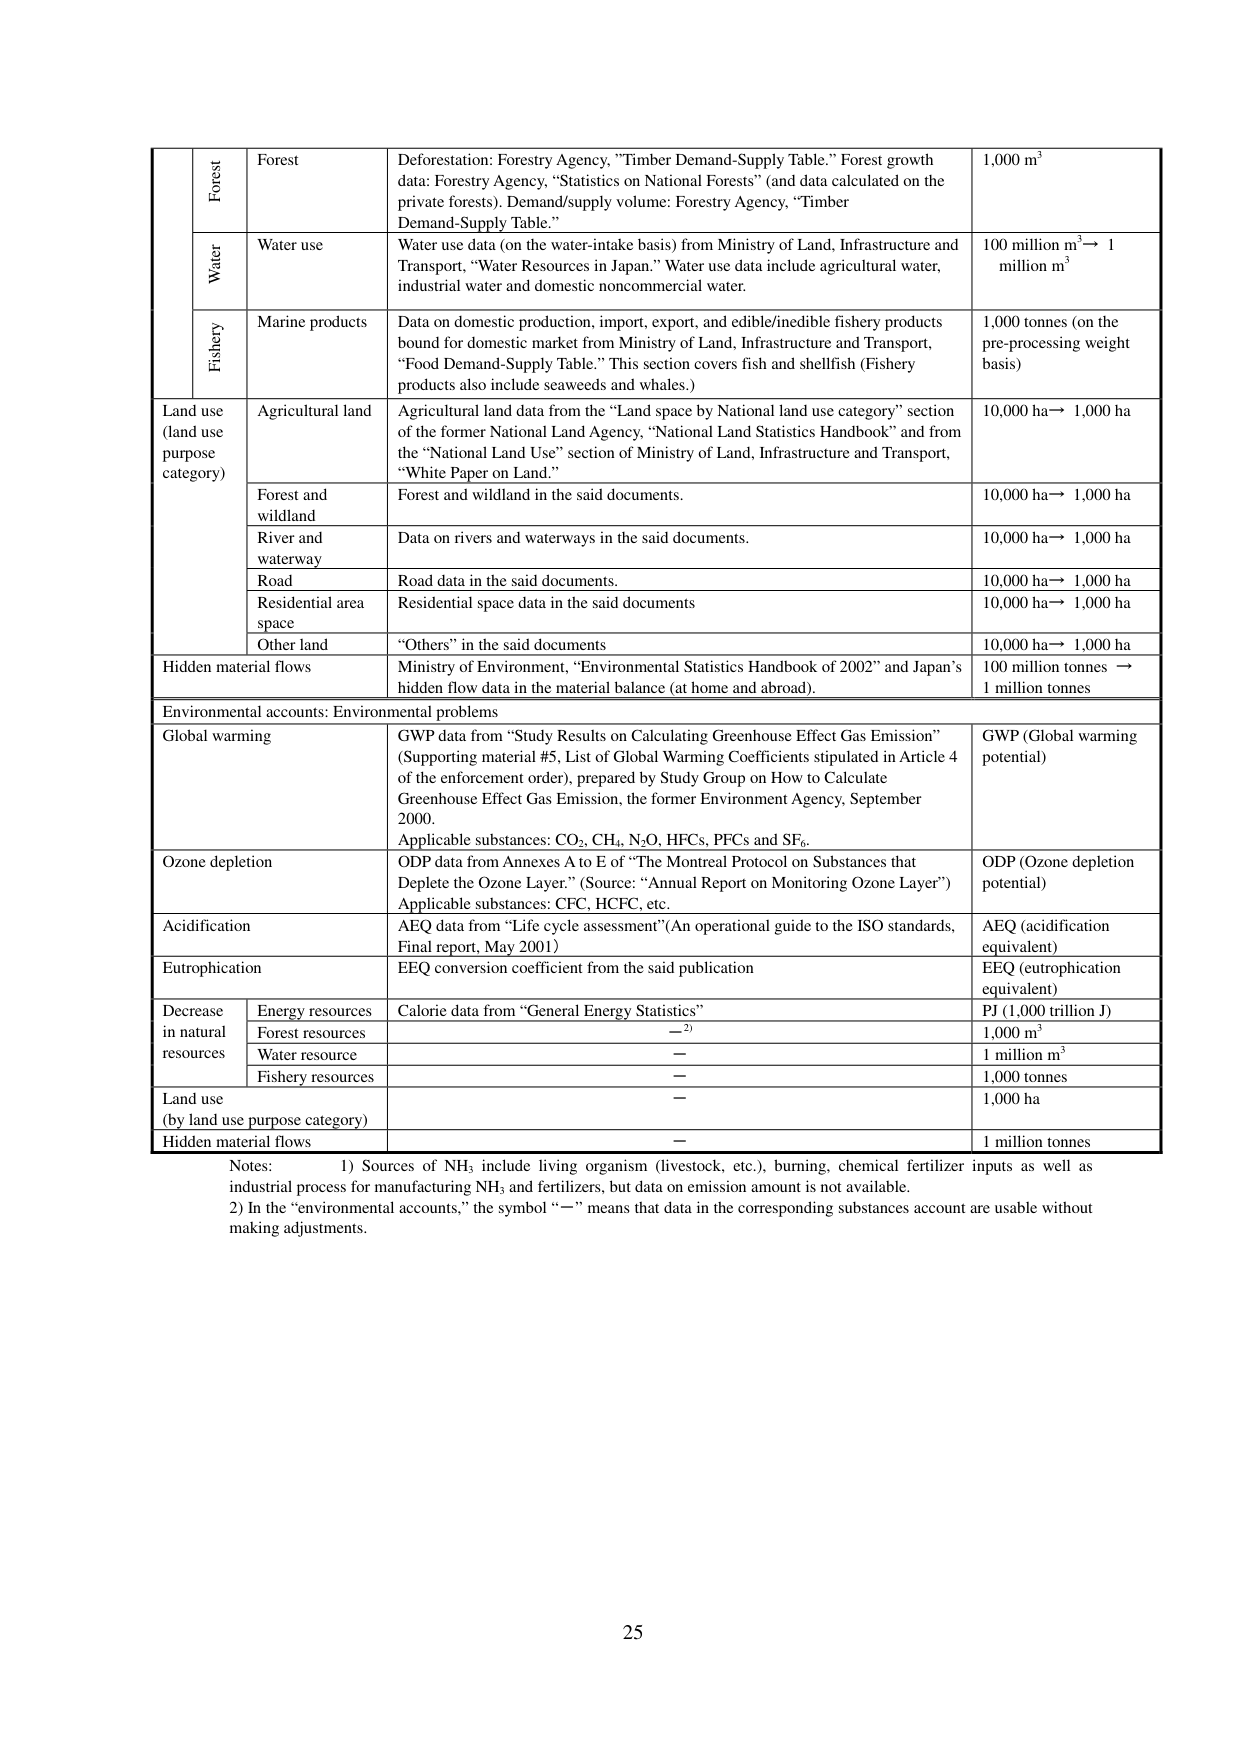
Forest
Deforestation: Forestry Agency, "Timber Demand-Supply Table." Forest growth data: Forestry Agency, "Statistics on National Forests" (and data calculated on the private forests). Demand/supply volume: Forestry Agency, "Timber Demand-Supply Table."
1,000 m³

Water
Water use
Water use data (on the water-intake basis) from Ministry of Land, Infrastructure and Transport, "Water Resources in Japan." Water use data include agricultural water, industrial water and domestic noncommercial water.
100 million m³ → 1 million m³

Fishery
Marine products
Data on domestic production, import, export, and edible/inedible fishery products bound for domestic market from Ministry of Land, Infrastructure and Transport, "Food Demand-Supply Table." This section covers fish and shellfish (Fishery products also include seaweeds and whales.)
1,000 tonnes (on the pre-processing weight basis)

Land use (land use purpose category)
Agricultural land
Agricultural land data from the "Land space by National land use category" section of the former National Land Agency, "National Land Statistics Handbook" and from the "White Paper on Land." section of Ministry of Land, Infrastructure and Transport, "White Paper on Land."
10,000 ha → 1,000 ha

Forest and wildland
Forest and wildland in the said documents.
10,000 ha → 1,000 ha

River and waterway
Data on rivers and waterways in the said documents.
10,000 ha → 1,000 ha

Road
Road data in the said documents.
10,000 ha → 1,000 ha

Residential area space
Residential space data in the said documents
10,000 ha → 1,000 ha

Other land
"Others" in the said documents
10,000 ha → 1,000 ha

Hidden material flows
Ministry of Environment, "Environmental Statistics Handbook of 2002" and Japan's hidden flow data in the material balance (at home and abroad).
100 million tonnes → 1 million tonnes

Environmental accounts: Environmental problems

Global warming
GWP data from "Study Results on Calculating Greenhouse Effect Gas Emission" (Supporting material #5, List of Global Warming Coefficients stipulated in Article 4 of the enforcement order), prepared by Study Group on How to Calculate Greenhouse Effect Gas Emission, the former Environment Agency, September 2000.
Applicable substances: CO₂, CH₄, N₂O, HFCs, PFCs and SF₆.
GWP (Global warming potential)

Ozone depletion
ODP data from Annexes A to E of "The Montreal Protocol on Substances that Deplete the Ozone Layer." (Source: "Annual Report on Monitoring Ozone Layer")
Applicable substances: CFC, HCFC, etc.
ODP (Ozone depletion potential)

Acidification
AEQ data from "Life cycle assessment" (An operational guide to the ISO standards, Final report, May 2001)
AEQ (acidification equivalent)

Eutrophication
EEQ conversion coefficient from the said publication
EEQ (eutrophication equivalent)

Decrease in natural resources
Energy resources
Calorie data from "General Energy Statistics"
PJ (1,000 trillion J)

Forest resources
—²)
1,000 m³

Water resource
—
1 million m³

Fishery resources
—
1,000 tonnes

Land use (by land use purpose category)
—
1,000 ha

Hidden material flows
—
1 million tonnes

Notes:
1) Sources of NH₃ include living organism (livestock, etc.), burning, chemical fertilizer inputs as well as industrial process for manufacturing NH₃ and fertilizers, but data on emission amount is not available.
2) In the "environmental accounts," the symbol "—" means that data in the corresponding substances account are usable without making adjustments.

25